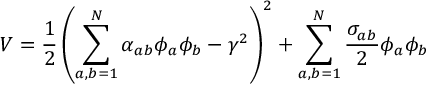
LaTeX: V = \frac { 1 } { 2 } \left( \sum _ { a , b = 1 } ^ { N } \alpha _ { a b } \phi _ { a } \phi _ { b } - \gamma ^ { 2 } \right) ^ { 2 } + \sum _ { a , b = 1 } ^ { N } \frac { \sigma _ { a b } } { 2 } \phi _ { a } \phi _ { b }